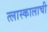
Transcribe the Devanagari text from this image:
त्लास्कालाची